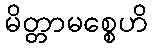
မိတ္တာမစ္စေဟိ